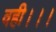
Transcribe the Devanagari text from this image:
वही।।।